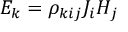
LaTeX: E _ { k } = \rho _ { k i j } J _ { i } H _ { j }